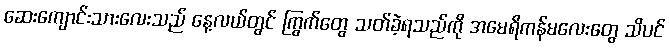
ဆေးကျောင်းသားလေးသည် နေ့လယ်တွင် ကြွက်တွေ သတ်ခဲ့ရသည်ကို အမေရိကန်မလေးတွေ သိပင်